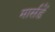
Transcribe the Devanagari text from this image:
मार्सडें